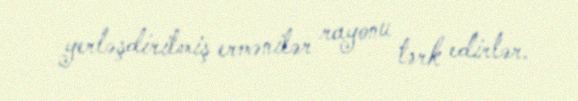
yerləşdirilmiş ermənilər rayonu tərk edirlər.